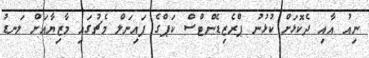
ނިއު އާއި ދެކޮޅަށް ކުޅުނު ޕްރެޒިޑެންޓްސް ކަޕްގެ ފައިނަލް މެޗުގައި މާޒިޔާއަށް ލަނޑު